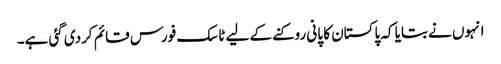
انہوں نے بتایا کہ پاکستان کا پانی روکنے کے لیے ٹاسک فورس قائم کردی گئی ہے۔